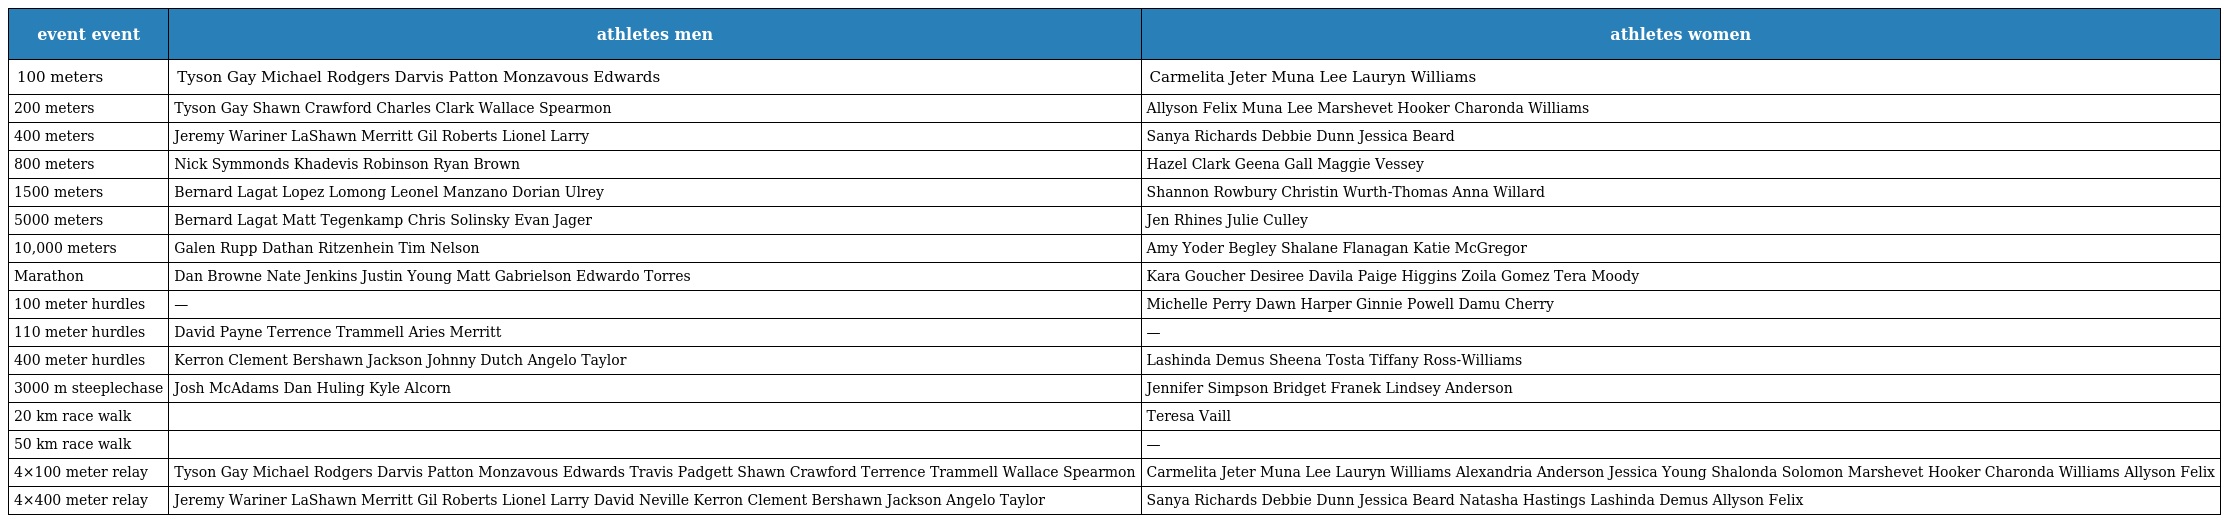
| event event | athletes men | athletes women |
 | --- | --- | --- |
 | 100 meters | Tyson Gay Michael Rodgers Darvis Patton Monzavous Edwards | Carmelita Jeter Muna Lee Lauryn Williams |
 | 200 meters | Tyson Gay Shawn Crawford Charles Clark Wallace Spearmon | Allyson Felix Muna Lee Marshevet Hooker Charonda Williams |
 | 400 meters | Jeremy Wariner LaShawn Merritt Gil Roberts Lionel Larry | Sanya Richards Debbie Dunn Jessica Beard |
 | 800 meters | Nick Symmonds Khadevis Robinson Ryan Brown | Hazel Clark Geena Gall Maggie Vessey |
 | 1500 meters | Bernard Lagat Lopez Lomong Leonel Manzano Dorian Ulrey | Shannon Rowbury Christin Wurth-Thomas Anna Willard |
 | 5000 meters | Bernard Lagat Matt Tegenkamp Chris Solinsky Evan Jager | Jen Rhines Julie Culley |
 | 10,000 meters | Galen Rupp Dathan Ritzenhein Tim Nelson | Amy Yoder Begley Shalane Flanagan Katie McGregor |
 | Marathon | Dan Browne Nate Jenkins Justin Young Matt Gabrielson Edwardo Torres | Kara Goucher Desiree Davila Paige Higgins Zoila Gomez Tera Moody |
 | 100 meter hurdles | — | Michelle Perry Dawn Harper Ginnie Powell Damu Cherry |
 | 110 meter hurdles | David Payne Terrence Trammell Aries Merritt | — |
 | 400 meter hurdles | Kerron Clement Bershawn Jackson Johnny Dutch Angelo Taylor | Lashinda Demus Sheena Tosta Tiffany Ross-Williams |
 | 3000 m steeplechase | Josh McAdams Dan Huling Kyle Alcorn | Jennifer Simpson Bridget Franek Lindsey Anderson |
 | 20 km race walk |  | Teresa Vaill |
 | 50 km race walk |  | — |
 | 4×100 meter relay | Tyson Gay Michael Rodgers Darvis Patton Monzavous Edwards Travis Padgett Shawn Crawford Terrence Trammell Wallace Spearmon | Carmelita Jeter Muna Lee Lauryn Williams Alexandria Anderson Jessica Young Shalonda Solomon Marshevet Hooker Charonda Williams Allyson Felix |
 | 4×400 meter relay | Jeremy Wariner LaShawn Merritt Gil Roberts Lionel Larry David Neville Kerron Clement Bershawn Jackson Angelo Taylor | Sanya Richards Debbie Dunn Jessica Beard Natasha Hastings Lashinda Demus Allyson Felix |